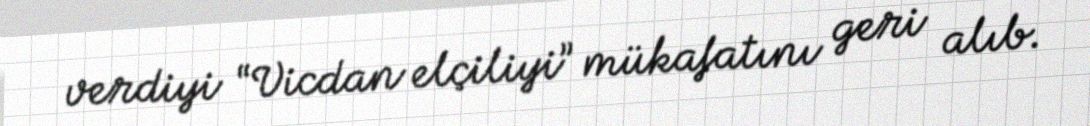
verdiyi “Vicdan elçiliyi” mükafatını geri alıb.